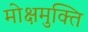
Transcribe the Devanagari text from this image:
मोक्षमुक्ति